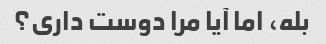
بله، اما آیا مرا دوست داری؟